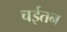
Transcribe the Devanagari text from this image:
चईतन